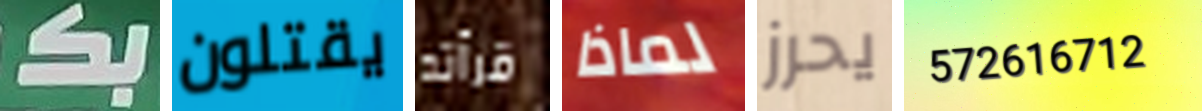
بكـ يقتلون قرأته لماذا يحرز 572616712